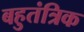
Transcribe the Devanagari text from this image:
बहुतंत्रिक